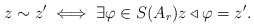
\begin{align*} z\sim z' \iff \exists \varphi\in S(A_r) z\triangleleft \varphi =z'.\end{align*}